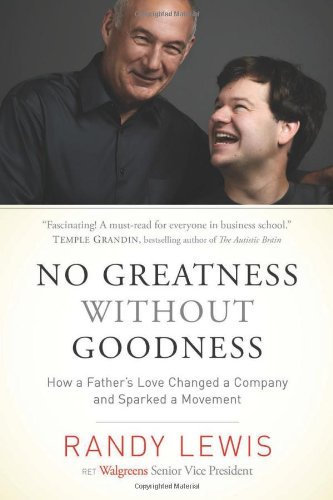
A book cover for No Greatness without Goodness: How a Father's Love Changed a Company and Sparked a Movement; Randy Lewis; Biographies & Memoirs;